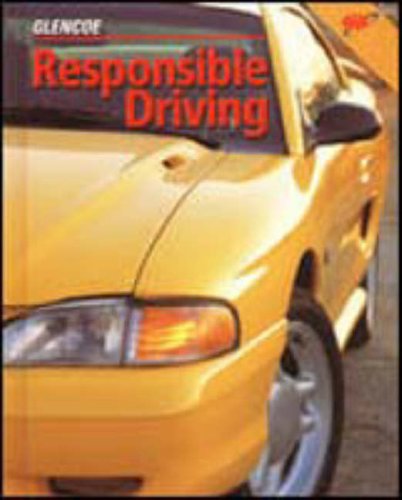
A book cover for Responsible Driving Student Edition, Softcover; McGraw-Hill Education; Test Preparation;